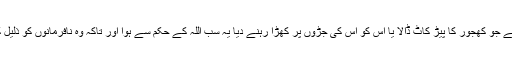
) تم نے جو کھجور کا پیڑ کاٹ ڈالا یا اس کو اس کی جڑوں پر کھڑا رہنے دیا یہ سب اللہ کے حکم سے ہوا اور تاکہ وہ نافرمانوں کو ذلیل کرے۔